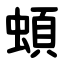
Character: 蝢